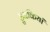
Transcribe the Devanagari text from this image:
डुबकियां